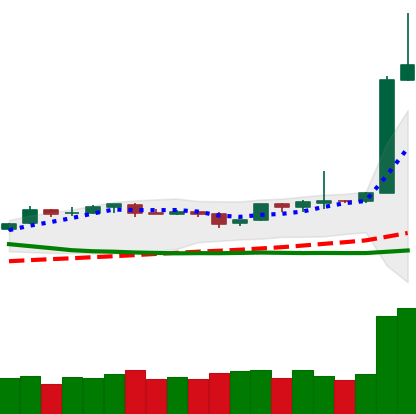
Ticker: BTC-USD
Chart end date: 2019-04-03
Forward return: 6.369%
Label: up_5_7